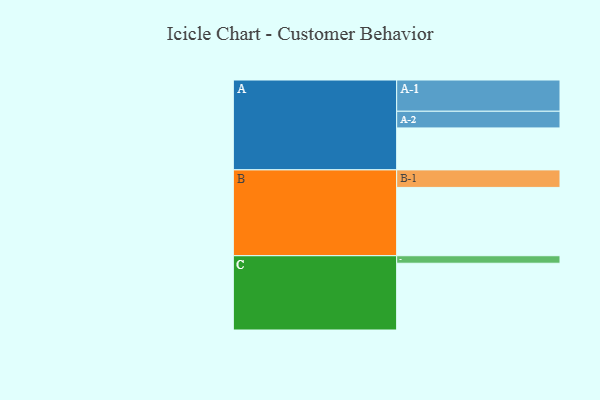
{"axis": {"x": "Segment", "y": "Value"}, "legend": ["", "A", "B", "C"], "data": [{"x": "A", "y": 352, "type": ""}, {"x": "B", "y": 573, "type": ""}, {"x": "C", "y": 560, "type": ""}, {"x": "A-1", "y": 262, "type": "A"}, {"x": "A-2", "y": 140, "type": "A"}, {"x": "B-1", "y": 147, "type": "B"}, {"x": "C-1", "y": 63, "type": "C"}]}